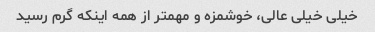
خیلی خیلی عالی، خوشمزه و مهمتر از همه اینکه گرم رسید